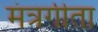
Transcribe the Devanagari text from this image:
मंत्रगीता